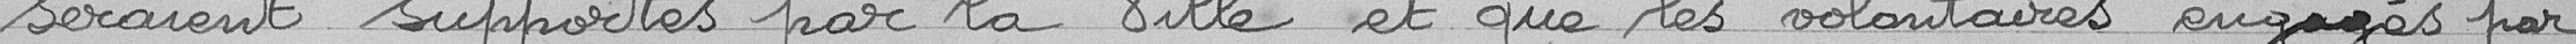
seraient supportés par la Ville et que les volontaires engagés par